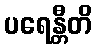
ပရေန္တီတိ